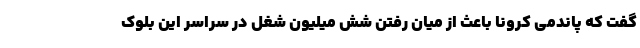
گفت که پاندمی کرونا باعث از میان رفتن شش میلیون شغل در سراسر این بلوک